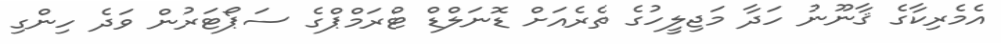
އެމެރިކާގެ ޤާނޫނު ހަދާ މަޖިލީހުގެ ތެރެއަށް ޑޮނަލްޑް ޓްރަމްޕްގެ ސަޕޯޓަރުން ވަދެ ހިންގި